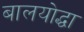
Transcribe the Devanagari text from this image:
बालयोद्धा